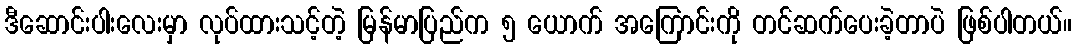
ဒီဆောင်းပါးလေးမှာ လုပ်ထားသင့်တဲ့ မြန်မာပြည်က ၅ ယောက် အကြောင်းကို တင်ဆက်ပေးခဲ့တာပဲ ဖြစ်ပါတယ်။